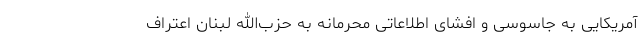
آمریکایی به جاسوسی و افشای اطلاعاتی محرمانه به حزب‌الله لبنان اعتراف